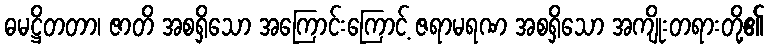
ဓမဋ္ဌိတတာ၊ ဇာတိ အစရှိသော အကြောင်းကြောင့် ဇရာမရဏ အစရှိသော အကျိုးတရားတို့၏